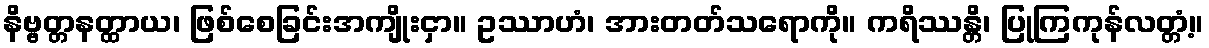
နိဗ္ဗတ္တနတ္ထာယ၊ ဖြစ်စေခြင်းအကျိုးငှာ။ ဥဿာဟံ၊ အားတတ်သရောကို။ ကရိဿန္တိ၊ ပြုကြကုန်လတ္တံ့။